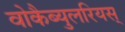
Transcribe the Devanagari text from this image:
वोकैब्युलरियस्